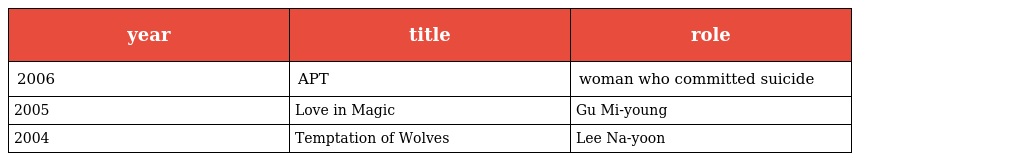
| year | title | role |
 | --- | --- | --- |
 | 2006 | APT | woman who committed suicide |
 | 2005 | Love in Magic | Gu Mi-young |
 | 2004 | Temptation of Wolves | Lee Na-yoon |